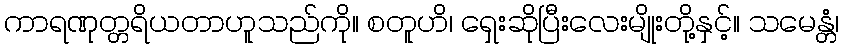
ကာရဏုတ္တရိယတာဟူသည်ကို။ စတူဟိ၊ ရှေးဆိုပြီးလေးမျိုးတို့နှင့်။ သမေန္တံ၊